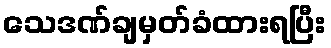
သေဒဏ်ချမှတ်ခံထားရပြီး